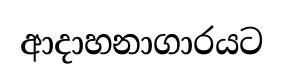
ආදාහනාගාරයට